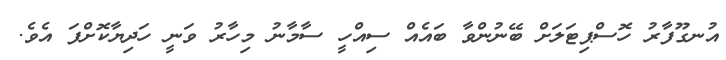
އުނގޫފާރު ހޮސްޕިޓަލަށް ބޭނުންވާ ބައެއް ސިއްހީ ސާމާނު މިހާރު ވަނީ ހަދިޔާކޮށްފަ އެވެ.